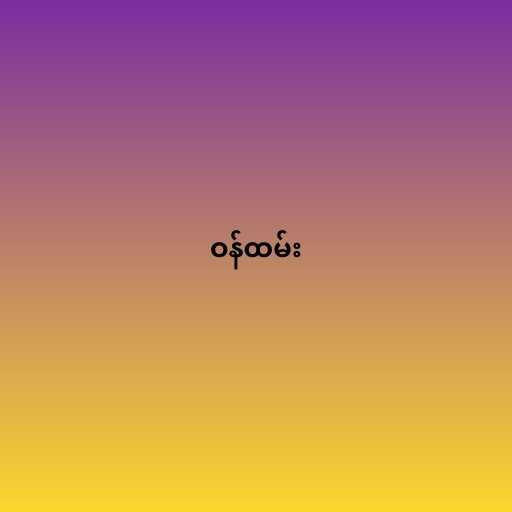
ဝန်ထမ်း